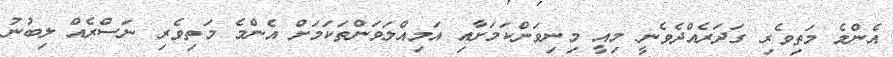
އެންމެ މަތިވެރި ގަދަރެއްދެވެނީ މިއީ މިނިވަންކަމަށާއި އަމިއްލަވަންތަކަމަށް އެންމެ މަތިވެރި ނަސްރެއް ލިބުނު